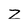
Character: Z